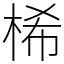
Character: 桸